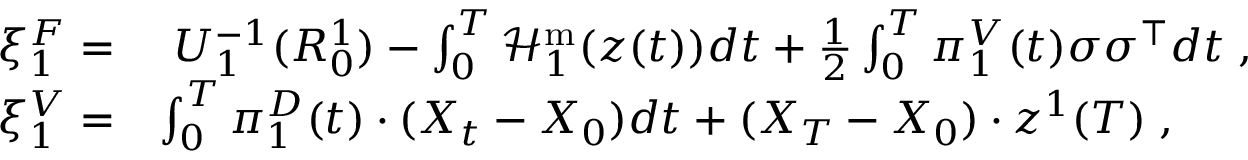
\begin{array} { r l } { \xi _ { 1 } ^ { F } = } & { ~ U _ { 1 } ^ { - 1 } ( R _ { 0 } ^ { 1 } ) - \int _ { 0 } ^ { T } \mathcal { H } _ { 1 } ^ { \mathrm { m } } ( z ( t ) ) d t + \frac 1 2 \int _ { 0 } ^ { T } \pi _ { 1 } ^ { V } ( t ) \sigma \sigma ^ { \top } d t \; , } \\ { \xi _ { 1 } ^ { V } = } & { \int _ { 0 } ^ { T } \pi _ { 1 } ^ { D } ( t ) \cdot ( X _ { t } - X _ { 0 } ) d t + ( X _ { T } - X _ { 0 } ) \cdot z ^ { 1 } ( T ) \; , } \end{array}